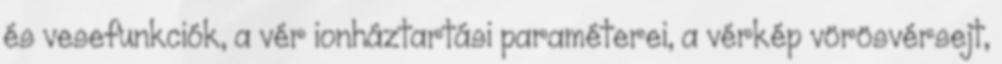
és vesefunkciók, a vér ionháztartási paraméterei, a vérkép vörösvérsejt,